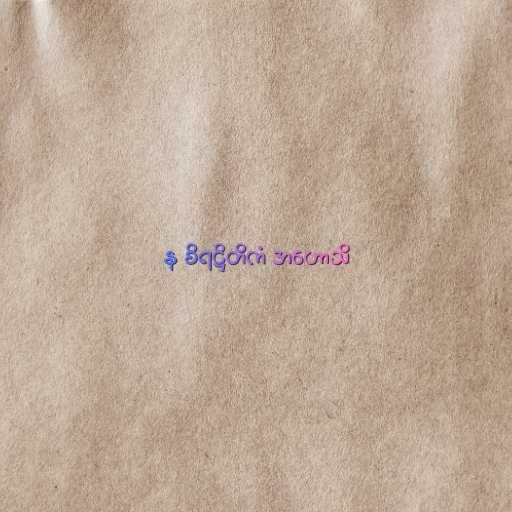
န စိရဋ္ဌိတိကံ အဟောသိ